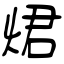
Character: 𤉙